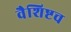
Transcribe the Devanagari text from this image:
वैशिष्टच